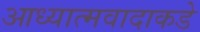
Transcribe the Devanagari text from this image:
आध्यात्मवादाकडे